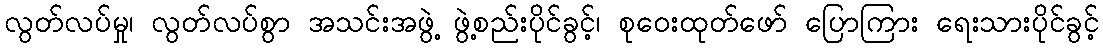
လွတ်လပ်မှု၊ လွတ်လပ်စွာ အသင်းအဖွဲ့ ဖွဲ့စည်းပိုင်ခွင့်၊ စုဝေးထုတ်ဖော် ပြောကြား ရေးသားပိုင်ခွင့်